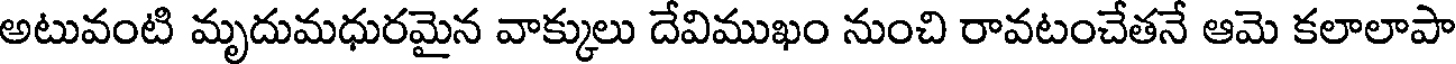
అటువంటి మృదుమధురమైన వాక్కులు దేవిముఖం నుంచి రావటంచేతనే ఆమె కలాలాపా